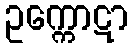
ဥက္ကောဋာ